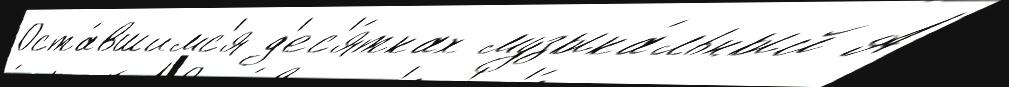
Оста́вшимс'я д'ес'я́тках музыка́льный А